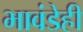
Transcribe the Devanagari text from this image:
भावंडेही